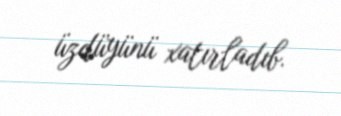
üzdüyünü xatırladıb.